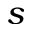
s